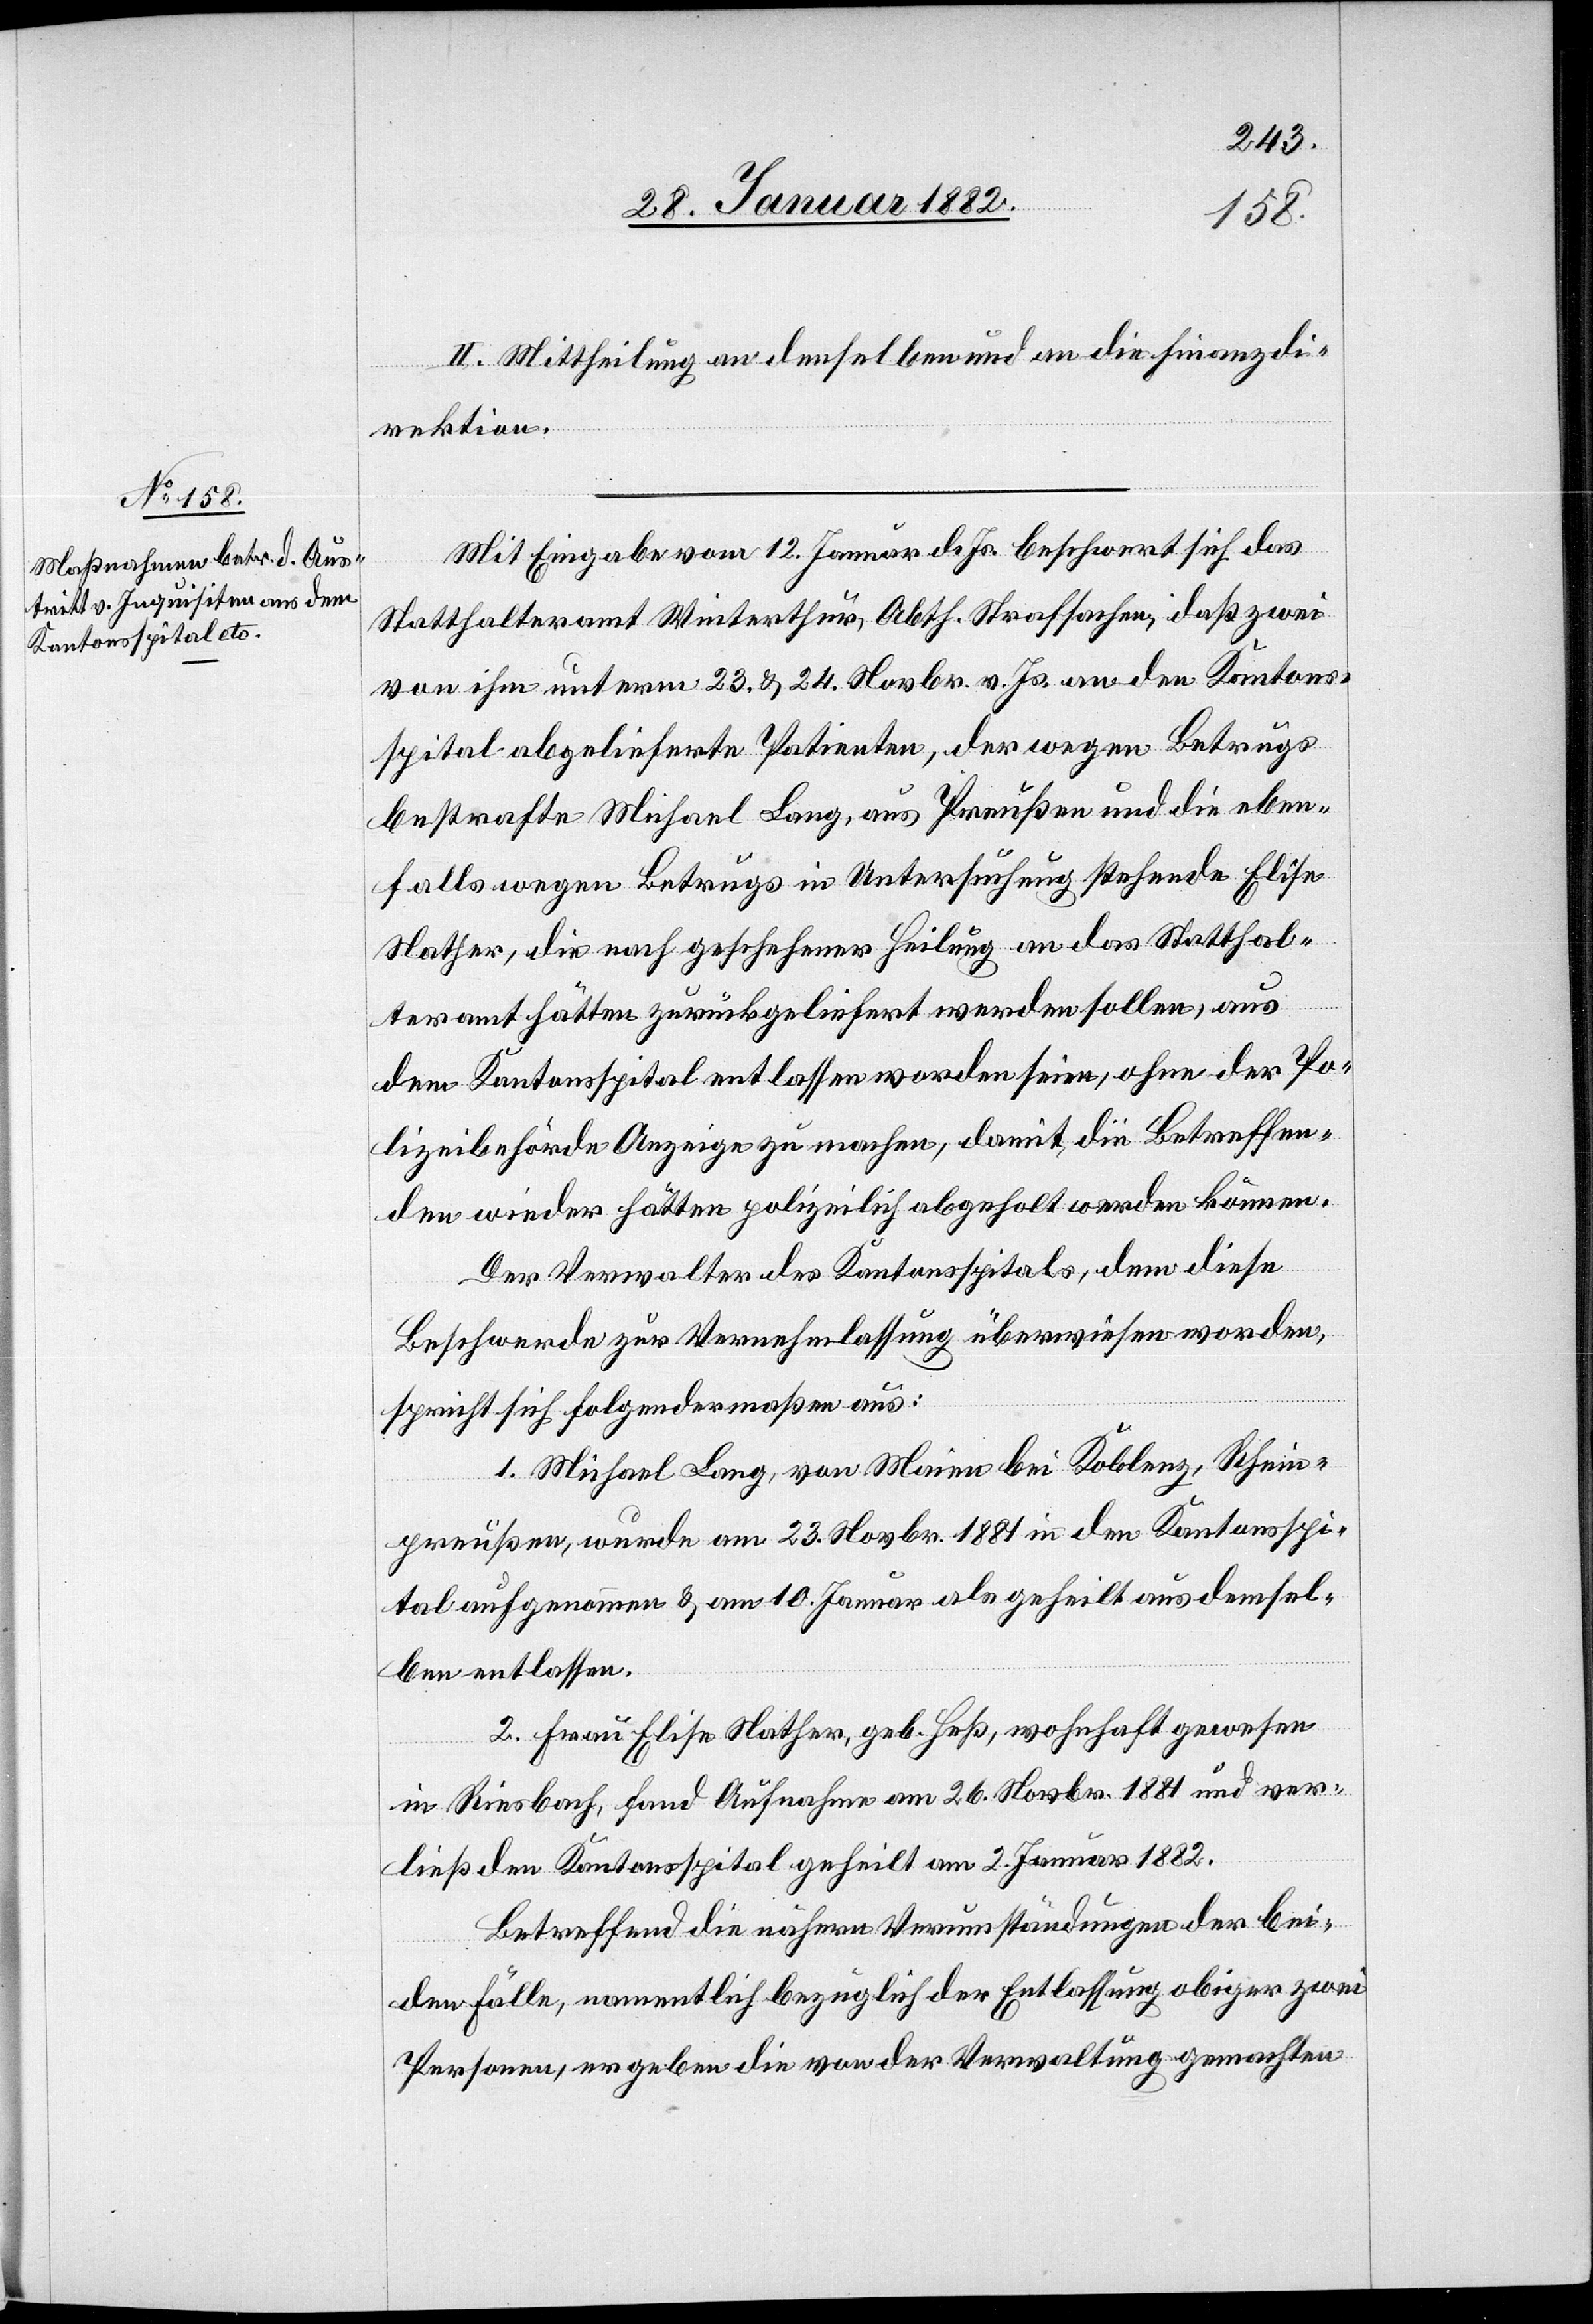
II. Mittheilung an denselben und an die Finanzdi¬
rektion.
Mit Eingabe vom 12. Januar d. Js. beschwert sich das
Statthalteramt Winterthur, Abth. Strafsachen, daß zwei
von ihm unterm 23. & 24. Novbr. v. Js. an den Kantons¬
spital abgelieferte Patienten, der wegen Betrugs
bestrafte Michael Lang, aus Preußen und die eben¬
falls wegen Betrugs in Untersuchung stehende Elise
Nather, die nach geschehener Heilung an das Statthal¬
teramt hätten zurückgeliefert werden sollen, aus
dem Kantonsspital entlassen worden seien, ohne der Po¬
lizeibehörde Anzeige zu machen, damit, die Betreffen¬
den wieder hätten polizeilich abgeholt werden können.
Der Verwalter des Kantonsspitals, dem diese
Beschwerde zur Vernehmlassung überwiesen worden,
spricht sich folgendermaßen aus:
1. Michael Lang, von Maine bei Koblenz, Schein¬
preußen, wurde am 23. Novbr. 1881 in den Kantonsspi¬
tal aufgenommen & am 10. Januar als geheilt aus demsel¬
ben entlassen.
2. Frau Elise Nather, geb. Heß, wohnhaft gewesen
in Riesbach, fand Aufnahme am 26. Novbr. 1881 und ver¬
ließ den Kantonsspital geheilt am 2. Januar 1882.
Betreffend die nähern Verumständungen der bei¬
den Fälle, namentlich bezüglich der Entlassung obiger zwei
Personen, ergeben die von der Verwaltung gemachten